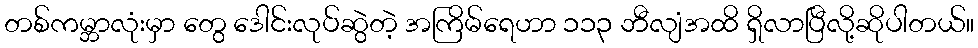
တစ်ကမ္ဘာလုံးမှာ တွေ ဒေါင်းလုပ်ဆွဲတဲ့ အကြိမ်ရေဟာ ၁၁၃ ဘီလျံအထိ ရှိလာပြီလို့ဆိုပါတယ်။